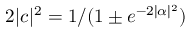
2 | c | ^ { 2 } = 1 / ( 1 \pm e ^ { - 2 | \alpha | ^ { 2 } } )